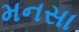
મનસા